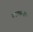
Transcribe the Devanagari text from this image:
नरकान्तक